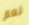
نعم